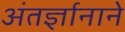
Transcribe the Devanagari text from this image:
अंतर्ज्ञानाने